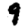
Digit: 9